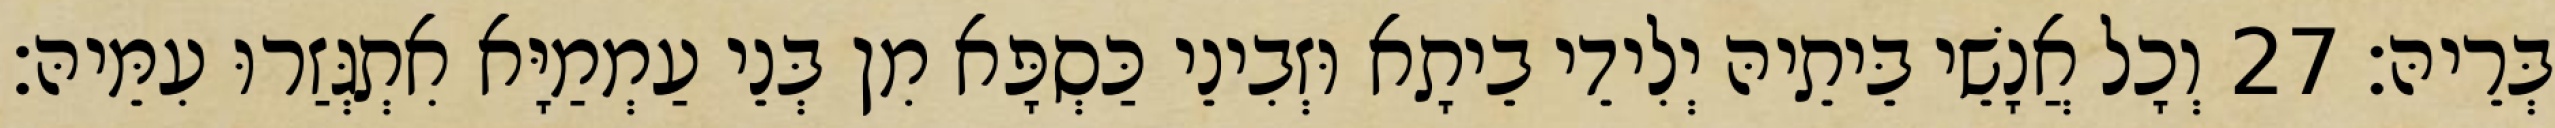
בְּרֵיהּ׃ 27 וְכָל אֲנָשֵׁי בֵּיתֵיהּ יְלִידֵי בֵיתָא וּזְבִינֵי כַּסְפָּא מִן בְּנֵי עַמְמַיָּא אִתְגְּזַרוּ עִמֵּיהּ׃